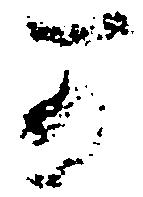
可